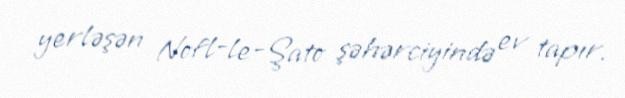
yerləşən Nofl-le-Şato şəhərciyində ev tapır.